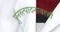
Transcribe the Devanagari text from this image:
पुनरुत्पादनावरही